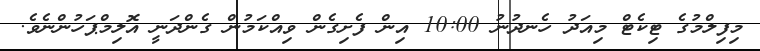
މިފިލްމުގެ ޓިކެޓް މިއަދު ހެނދުނު 10:00 އިން ފެށިގެން ވިއްކަމުން ގެންދަނީ އޮލިމްޕަހުންނެެވެ.